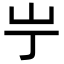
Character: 𫵲